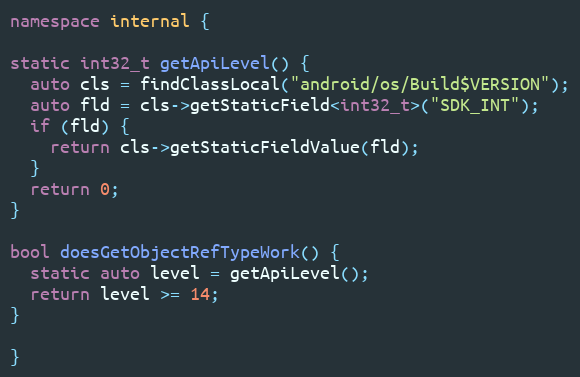
Language: C++
namespace internal {

static int32_t getApiLevel() {
  auto cls = findClassLocal("android/os/Build$VERSION");
  auto fld = cls->getStaticField<int32_t>("SDK_INT");
  if (fld) {
    return cls->getStaticFieldValue(fld);
  }
  return 0;
}

bool doesGetObjectRefTypeWork() {
  static auto level = getApiLevel();
  return level >= 14;
}

}